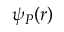
\psi _ { P } ( r )